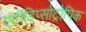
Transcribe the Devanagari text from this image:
एंटीडिप्सोट्रोपिक